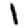
Digit: 1